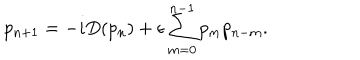
LaTeX: p _ { n + 1 } = - i D ( p _ { n } ) + \epsilon \sum _ { m = 0 } ^ { n - 1 } p _ { m } p _ { n - m } .